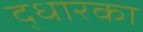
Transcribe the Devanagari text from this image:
द्धारका